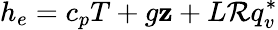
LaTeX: h_{e}=c_{p}T+g\mathbf{z}+L\mathcal{{R}}q_{v}^{*}